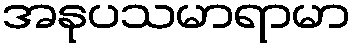
အနုပသမာရာမာ